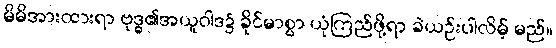
မိမိအားထားရာ ဗုဒ္ဓ၏အယူဝါဒ၌ ခိုင်မာစွာ ယုံကြည်ဖို့ရာ ခဲယဉ်းပါလိမ့် မည်။